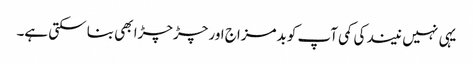
یہی نہیں نیند کی کمی آپ کو بدمزاج اور چڑچڑا بھی بنا سکتی ہے۔